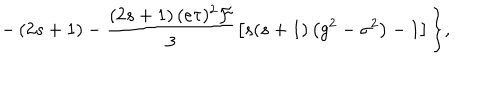
- \left( 2 s + 1 \right) - \frac { \left( 2 s + 1 \right) ( e \tau ) ^ { 2 } \mathcal { F } } 3 \left[ s ( s + 1 ) \left( g ^ { 2 } - \sigma ^ { 2 } \right) - 1 \right] \biggl \} ,